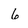
Character: 6